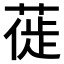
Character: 𫈾